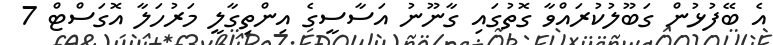
އެ ބޭފުޅުން ގަބޫލުކުރައްވާ ގޮތުގައި ގާނޫނު އަސާސީގެ އިންތިގާލީ މަރުހަލާ އޮގަސްޓް 7